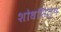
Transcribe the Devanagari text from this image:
शोधशिल्प